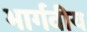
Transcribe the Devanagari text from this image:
भार्गवीय